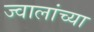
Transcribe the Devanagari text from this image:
ज्वालांच्या